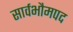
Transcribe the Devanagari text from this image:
सार्वभौमपद